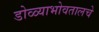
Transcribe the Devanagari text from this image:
डोळ्याभोवतालचे